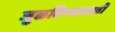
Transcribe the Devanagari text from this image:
जुळविण्यासाठी